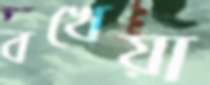
বখেয়া